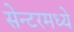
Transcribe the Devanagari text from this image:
सेन्टरमध्ये